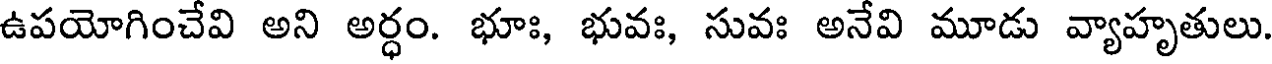
ఉపయోగించేవి అని అర్ధం. భూః, భువః, సువః అనేవి మూడు వ్యాహృతులు.